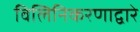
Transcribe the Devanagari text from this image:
विलिनिकरणाद्वारे